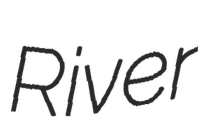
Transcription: River